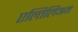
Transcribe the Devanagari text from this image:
एल्तिलिअन